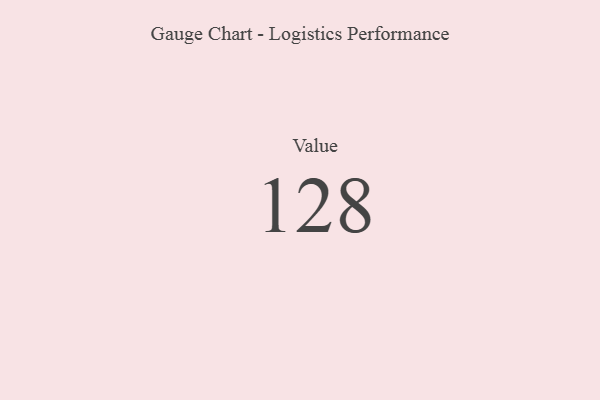
{"axis": {"x": "Metric", "y": "Value"}, "legend": [""], "data": [{"x": "Value", "y": 128, "type": ""}]}